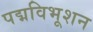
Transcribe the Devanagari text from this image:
पद्मविभूशन